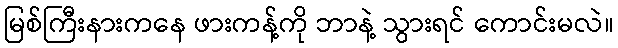
မြစ်ကြီးနားကနေ ဖားကန့်ကို ဘာနဲ့ သွားရင် ကောင်းမလဲ။